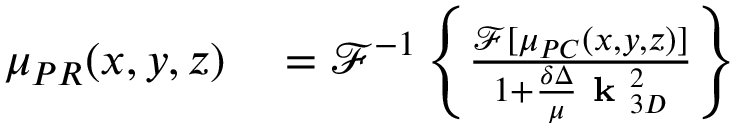
\begin{array} { r l } { \mu _ { P R } ( x , y , z ) } & { { } = \mathcal { F } ^ { - 1 } \left\{ \frac { \mathcal { F } [ \mu _ { P C } ( x , y , z ) ] } { 1 + \frac { \delta \Delta } { \mu } \textbf { k } _ { 3 D } ^ { 2 } } \right\} } \end{array}